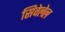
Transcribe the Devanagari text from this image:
सिवेलेल